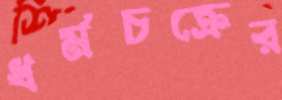
ধর্মচক্রের